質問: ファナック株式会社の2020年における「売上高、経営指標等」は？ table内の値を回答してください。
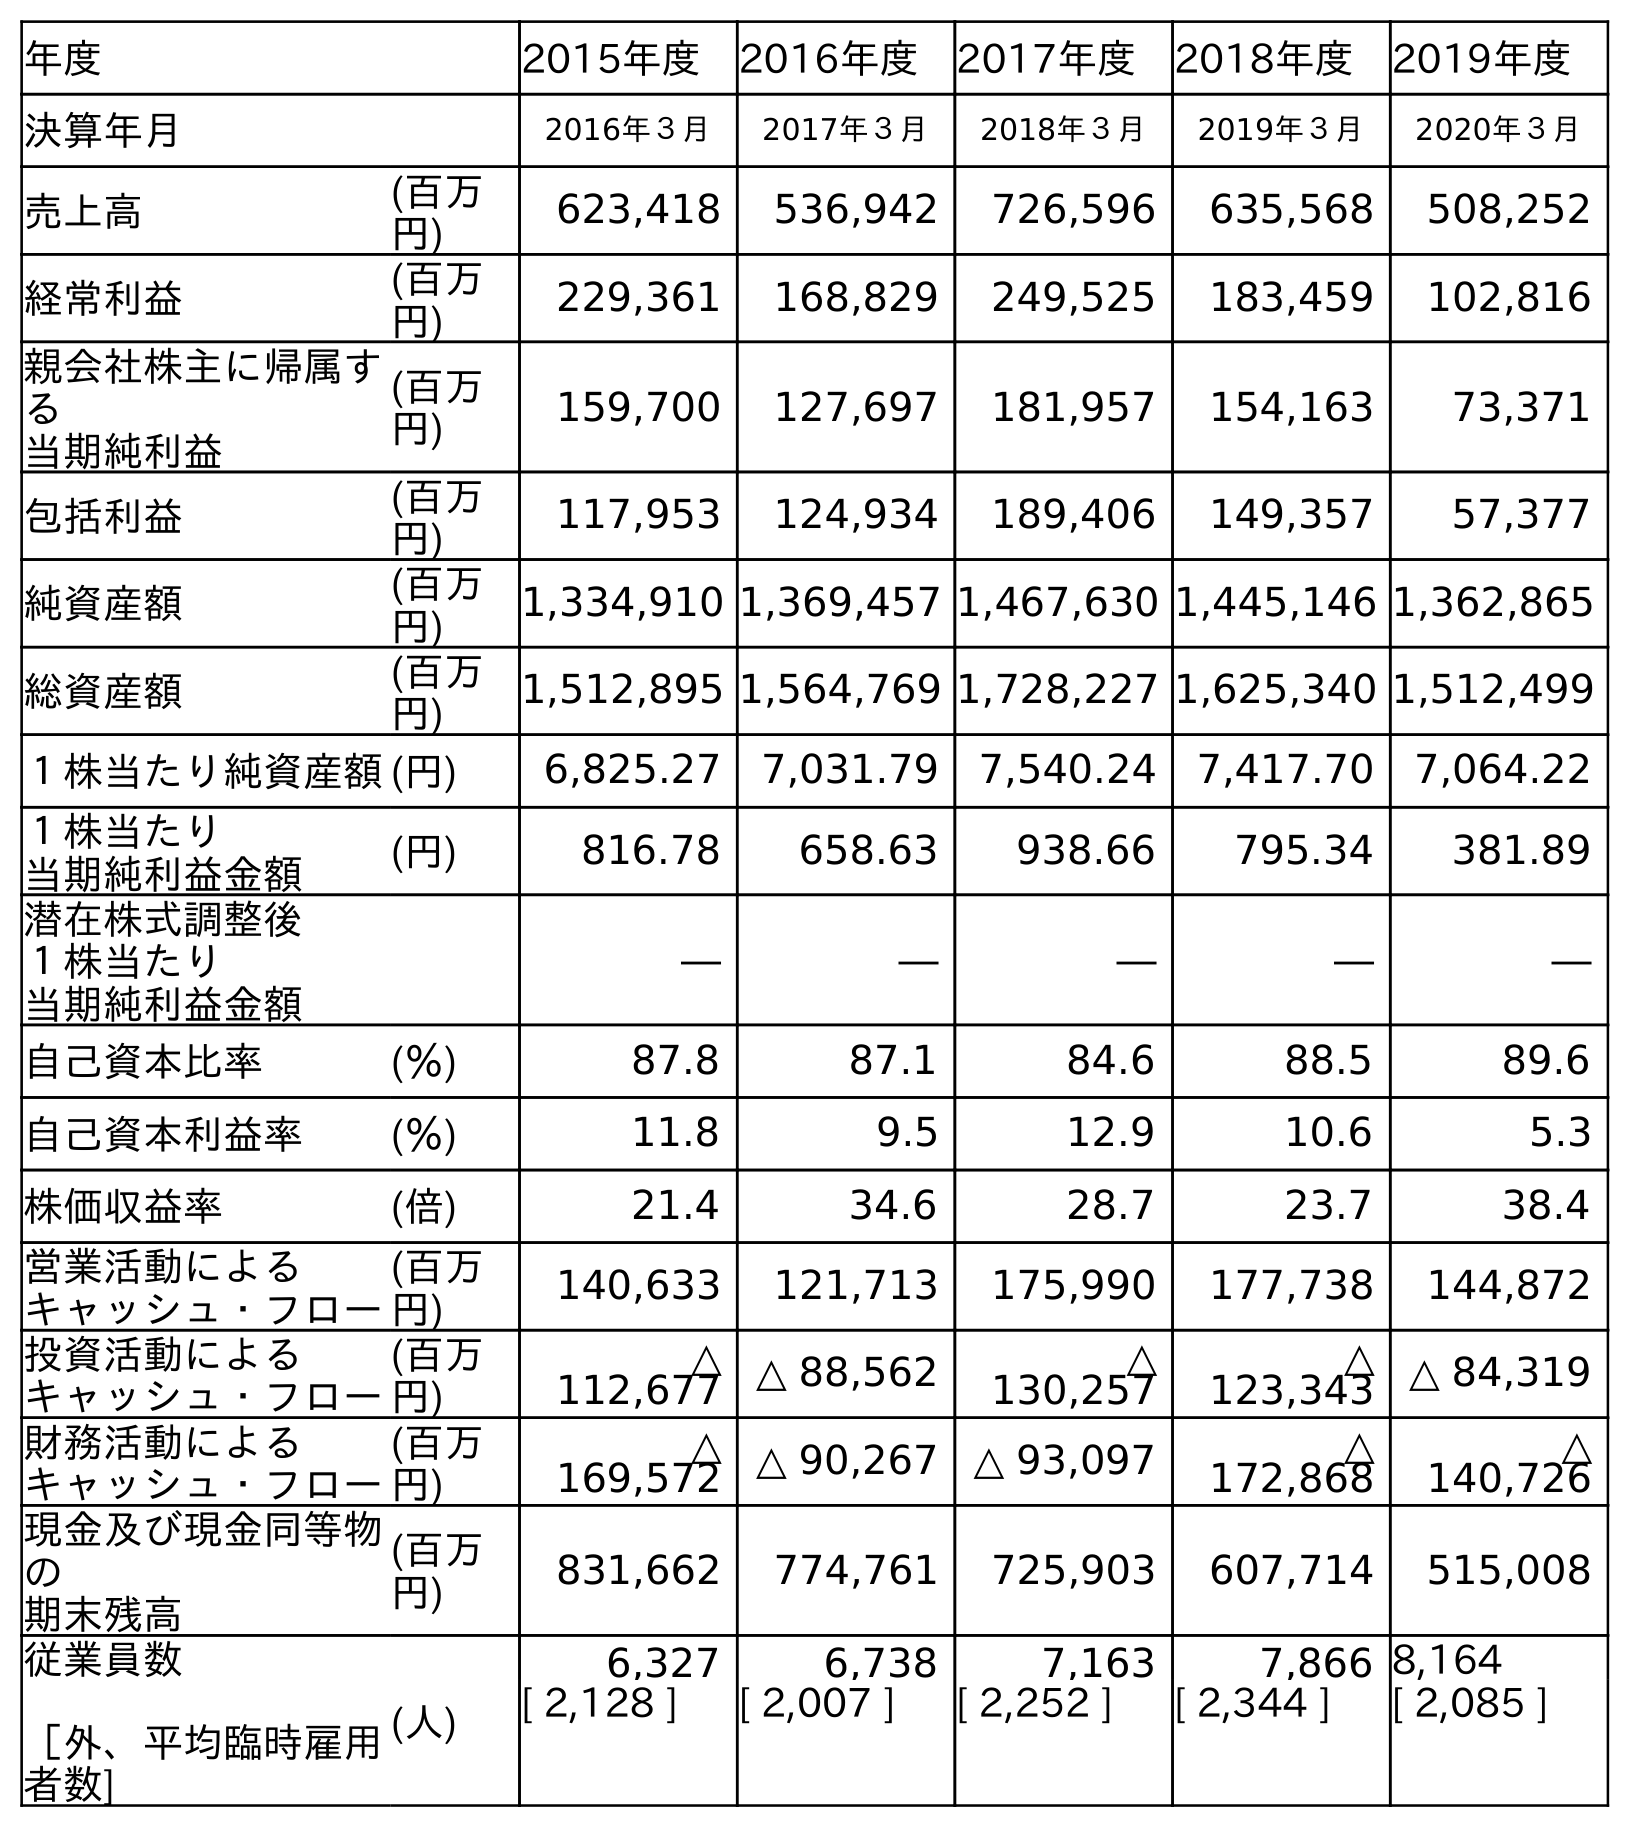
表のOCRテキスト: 年度 2015年度 2016年度 2017年度 2018年度 2019年度 決算年月 2016年３月 2017年３月 2018年３月 2019年３月 2020年３月 売上高 (百万 円) 623,418 536,942 726,596 635,568 508,252 経常利益 (百万 円) 229,361 168,829 249,525 183,459 102,816 親会社株主に帰属す る 当期純利益 (百万 円) 159,700 127,697 181,957 154,163 73,371 包括利益 (百万 円) 117,953 124,934 189,406 149,357 57,377 純資産額 (百万 円) 1,334,910 1,369,457 1,467,630 1,445,146 1,362,865 総資産額 (百万 円) 1,512,895 1,564,769 1,728,227 1,625,340 1,512,499 １株当たり純資産額(円) 6,825.27 7,031.79 7,540.24 7,417.70 7,064.22 １株当たり 当期純利益金額 (円) 816.78 658.63 938.66 795.34 381.89 潜在株式調整後 １株当たり 当期純利益金額 ― ― ― ― ― 自己資本比率 (％) 87.8 87.1 84.6 88.5 89.6 自己資本利益率 (％) 11.8 9.5 12.9 10.6 5.3 株価収益率 (倍) 21.4 34.6 28.7 23.7 38.4 営業活動による キャッシュ・フロー (百万 円) 140,633 121,713 175,990 177,738 144,872 投資活動による キャッシュ・フロー (百万 円) △ 112,677 △ 88,562 △ 130,257 △ 123,343 △ 84,319 財務活動による キャッシュ・フロー (百万 円) △ 169,572 △ 90,267 △ 93,097 △ 172,868 △ 140,726 現金及び現金同等物 の 期末残高 (百万 円) 831,662 774,761 725,903 607,714 515,008 従業員数 ［外、平均臨時雇用 者数] (人) 6,327 6,738 7,163 7,866 8,164 [ 2,128 ] [ 2,007 ] [ 2,252 ] [ 2,344 ] [ 2,085 ]
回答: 508,252